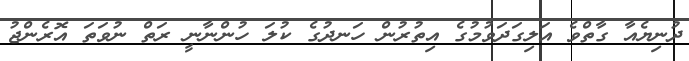
ދުނިޔެއާ ގާތްވެ އަލިގަދަވުމުގެ އިތުރުން ހަނދުގެ ކުލަ ހުންނާނީ ރަތް ނުވަތަ އޮރެންޖު